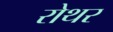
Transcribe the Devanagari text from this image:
रोथर